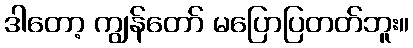
ဒါတော့ ကျွန်တော် မပြောပြတတ်ဘူး။